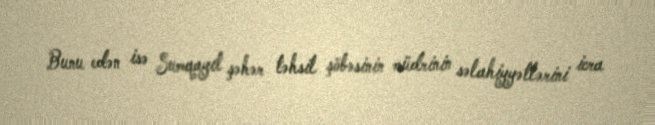
Bunu edən isə Sumqayıt şəhər təhsil şöbəsinin müdrinin səlahiyyətlərini icra